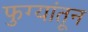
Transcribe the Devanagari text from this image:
फुग्यांतून